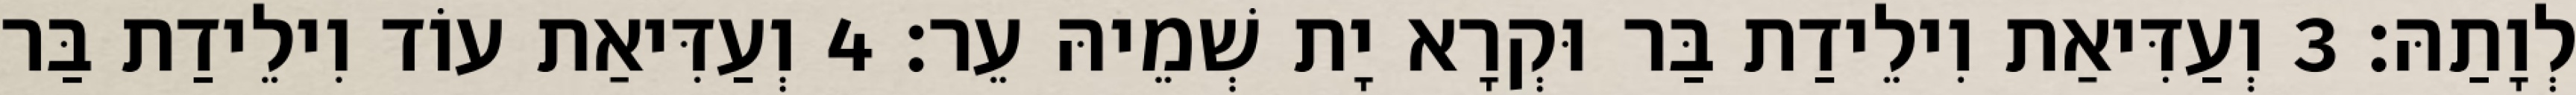
לְוָתַהּ׃ 3 וְעַדִּיאַת וִילֵידַת בַּר וּקְרָא יָת שְׁמֵיהּ עֵר׃ 4 וְעַדִּיאַת עוֹד וִילֵידַת בַּר